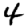
Digit: 4